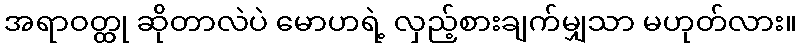
အရာဝတ္ထု ဆိုတာလဲပဲ မောဟရဲ့ လှည့်စားချက်မျှသာ မဟုတ်လား။